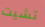
تشيت